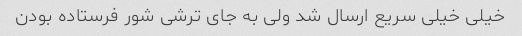
خیلی خیلی سریع ارسال شد ولی به جای ترشی شور فرستاده بودن